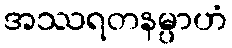
အဿရတနမ္ပာဟံ